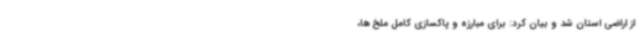
از اراضی استان شد و بیان کرد: برای مبارزه و پاکسازی کامل ملخ ها،